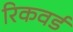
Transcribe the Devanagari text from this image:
रिकवर्ड